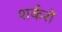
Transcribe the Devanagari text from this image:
शर्करों